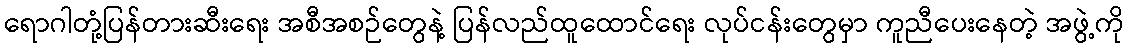
ရောဂါတုံ့ပြန်တားဆီးရေး အစီအစဉ်တွေနဲ့ ပြန်လည်ထူထောင်ရေး လုပ်ငန်းတွေမှာ ကူညီပေးနေတဲ့ အဖွဲ့ကို